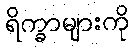
ရိက္ခာများကို